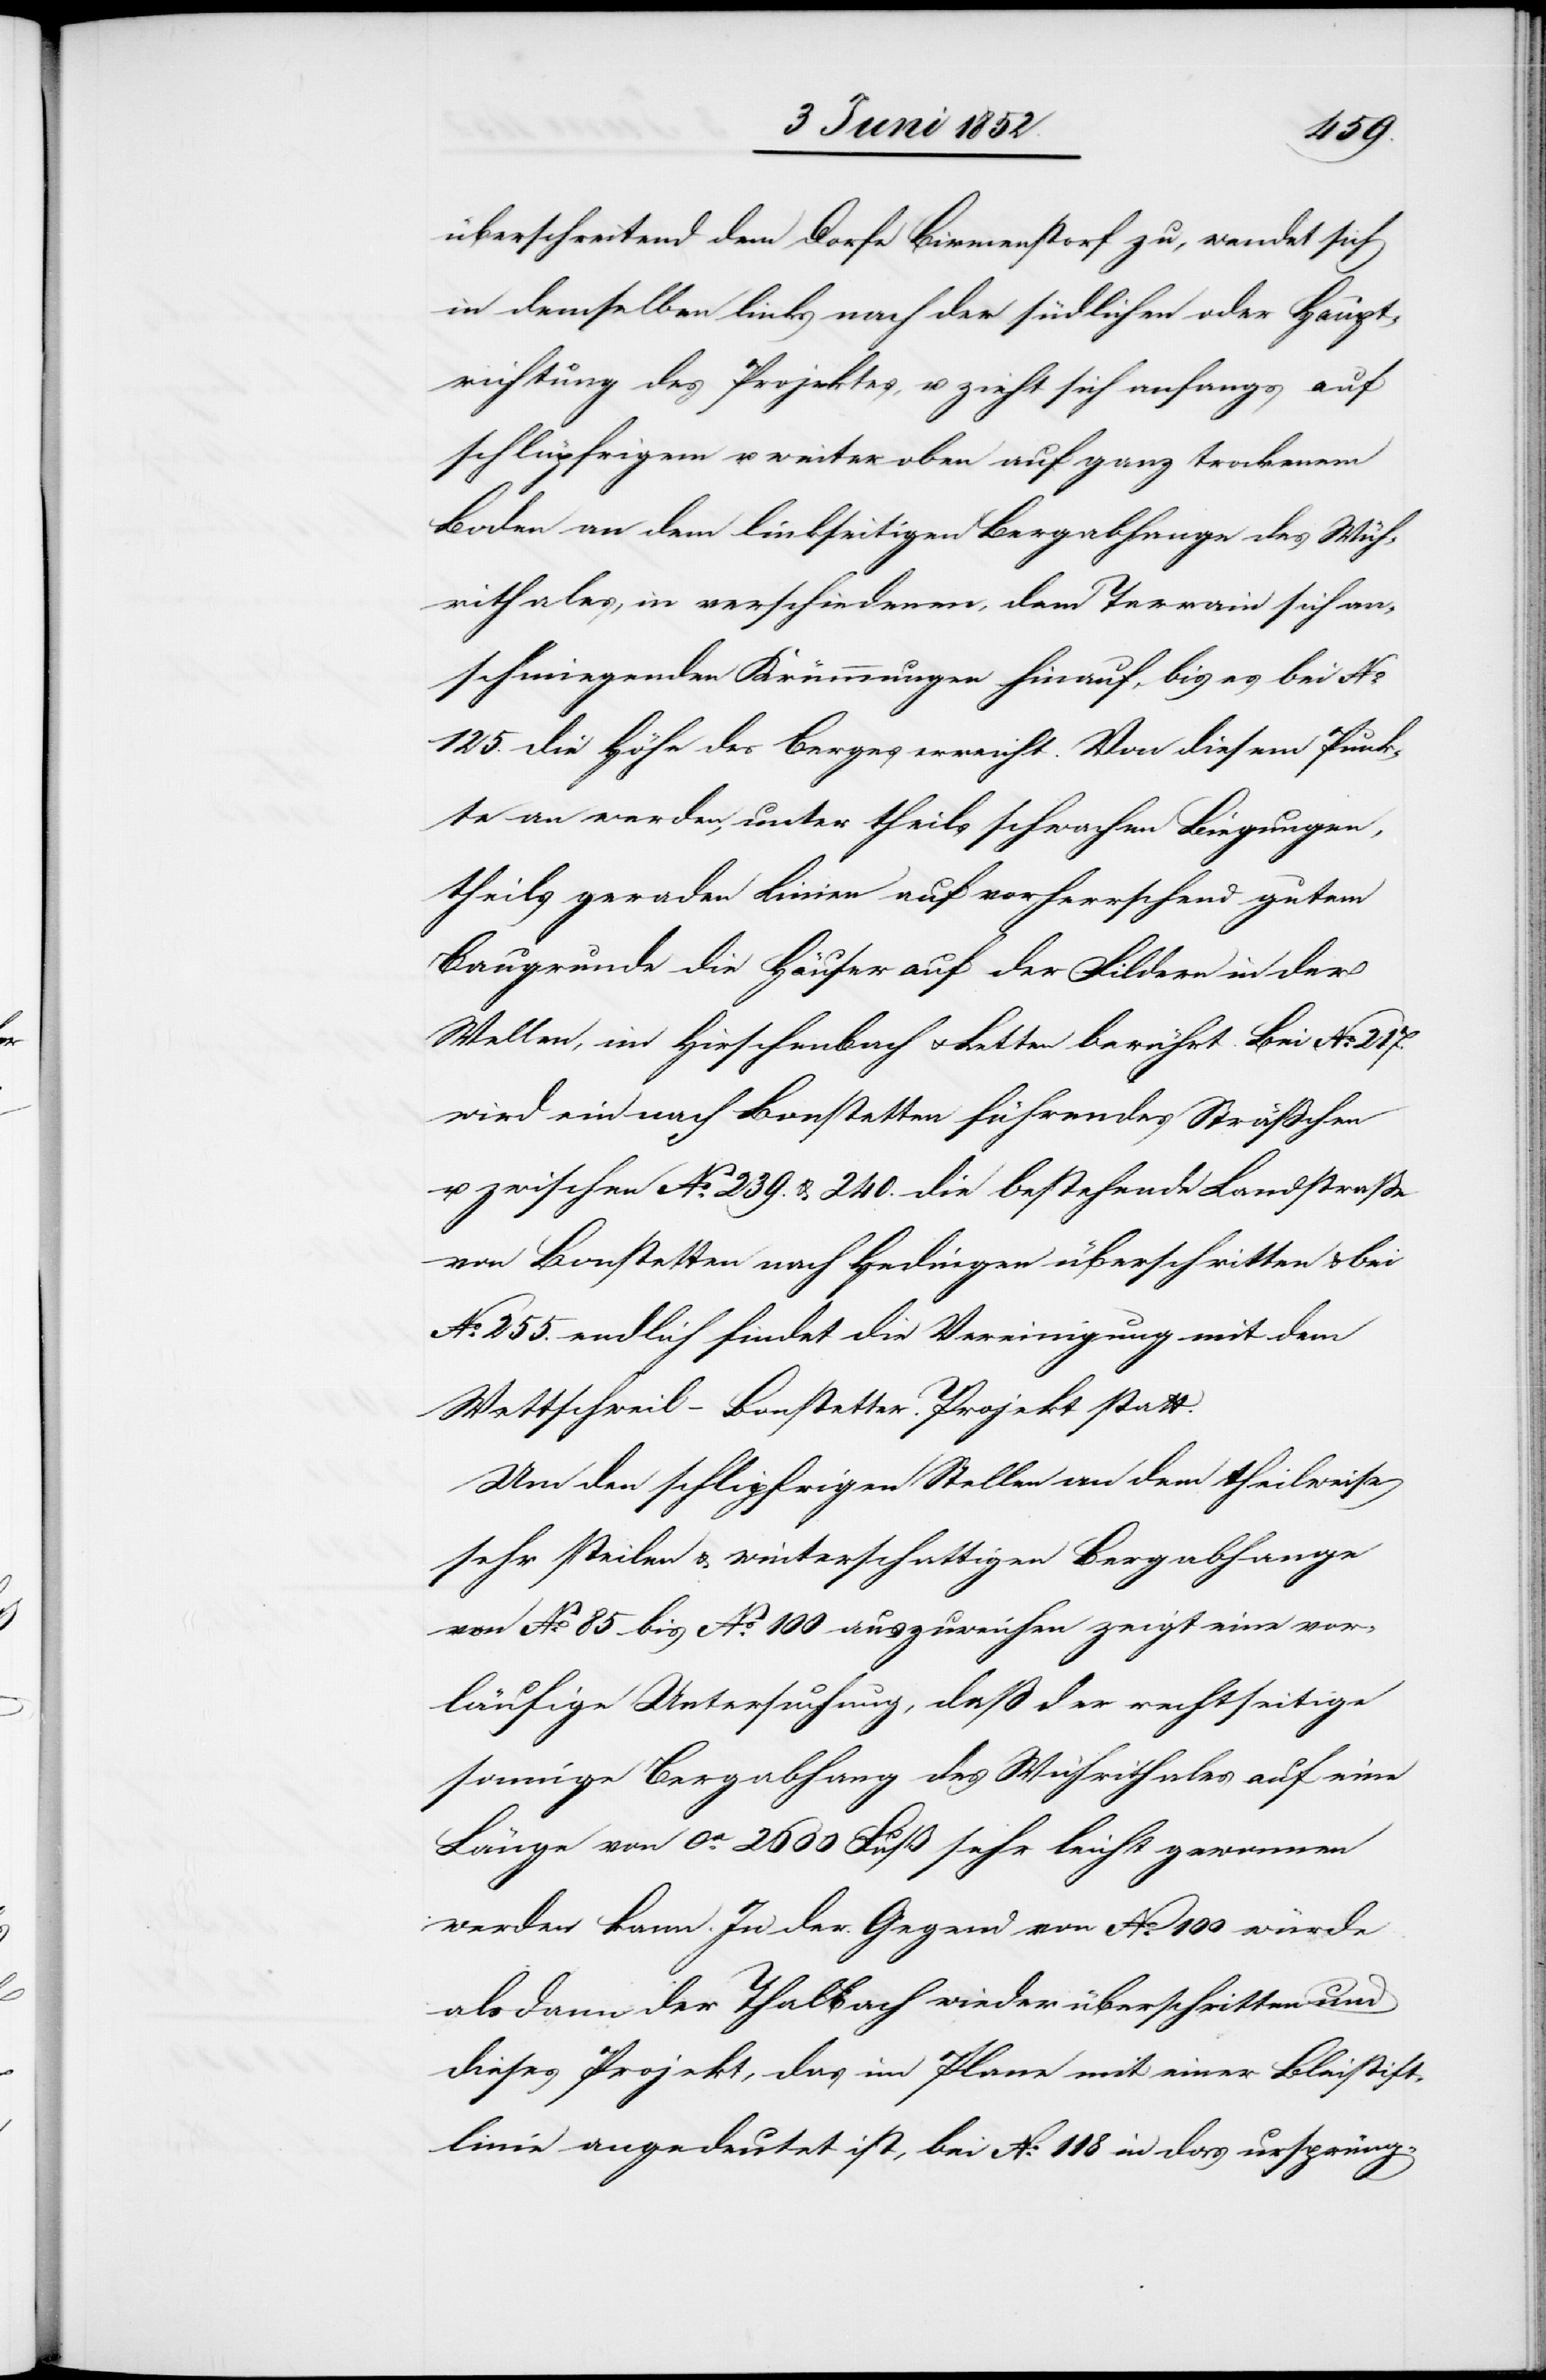
überschreitend dem Dorfe Birmenstorf zu, wendet sich
in demselben links nach der südlichen oder Haupt¬
richtung des Projektes, u. zieht sich anfangs auf
schlüpfrigem u. weiter oben auf ganz trockenem
Boden an dem linkseitigen Bergabhange des Wüh¬
rithales, in verschiedenen, dem Terrain sich an¬
schmiegenden Krümmungen hinauf, bis es bei No.
125. die Höhe des Berges erreicht. Von diesem Punk¬
te an werden, unter theils schwachen Biegungen,
theils geraden Linien auf vorherrschend gutem
Baugrunde die Häuser auf der Fildern in der
Wellen, im Hirschenbach & Letten berührt. Bei No. 217.
wird ein nach Bonstetten führendes Strässchen
u. zwischen No. 239. & 240. die bestehende Landstrasse
von Bonstetten nach Hedingen überschritten & bei
No. 255. endlich findet die Vereinigung mit dem
Wettschweil-Bonstetter Projekt statt.
Um den schlipfrigen Stellen an dem theilweise
sehr steilen & winterschattigen Bergabhange
von No. 85 bis No. 100 auszuweichen zeigt eine vor¬
läufige Untersuchung, daß der rechtseitige
sonnige Bergabhang des Wührithales auf eine
Länge von ca. 2600 Fuß sehr leicht gewonnen
werden kann. In der Gegend von No. 100 würde
alsdann der Thalbach wieder überschritten und
dieses Projekt, das im Plane mit einer Bleistift¬
linie angedeutet ist, bei No. 118 in das ursprüng-